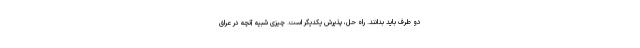
دو طرف باید بدانند. راه حل، پذیرش یکدیگر است. چیزی شبیه آنچه در عراق